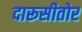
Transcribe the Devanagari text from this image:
दारूसीतोर